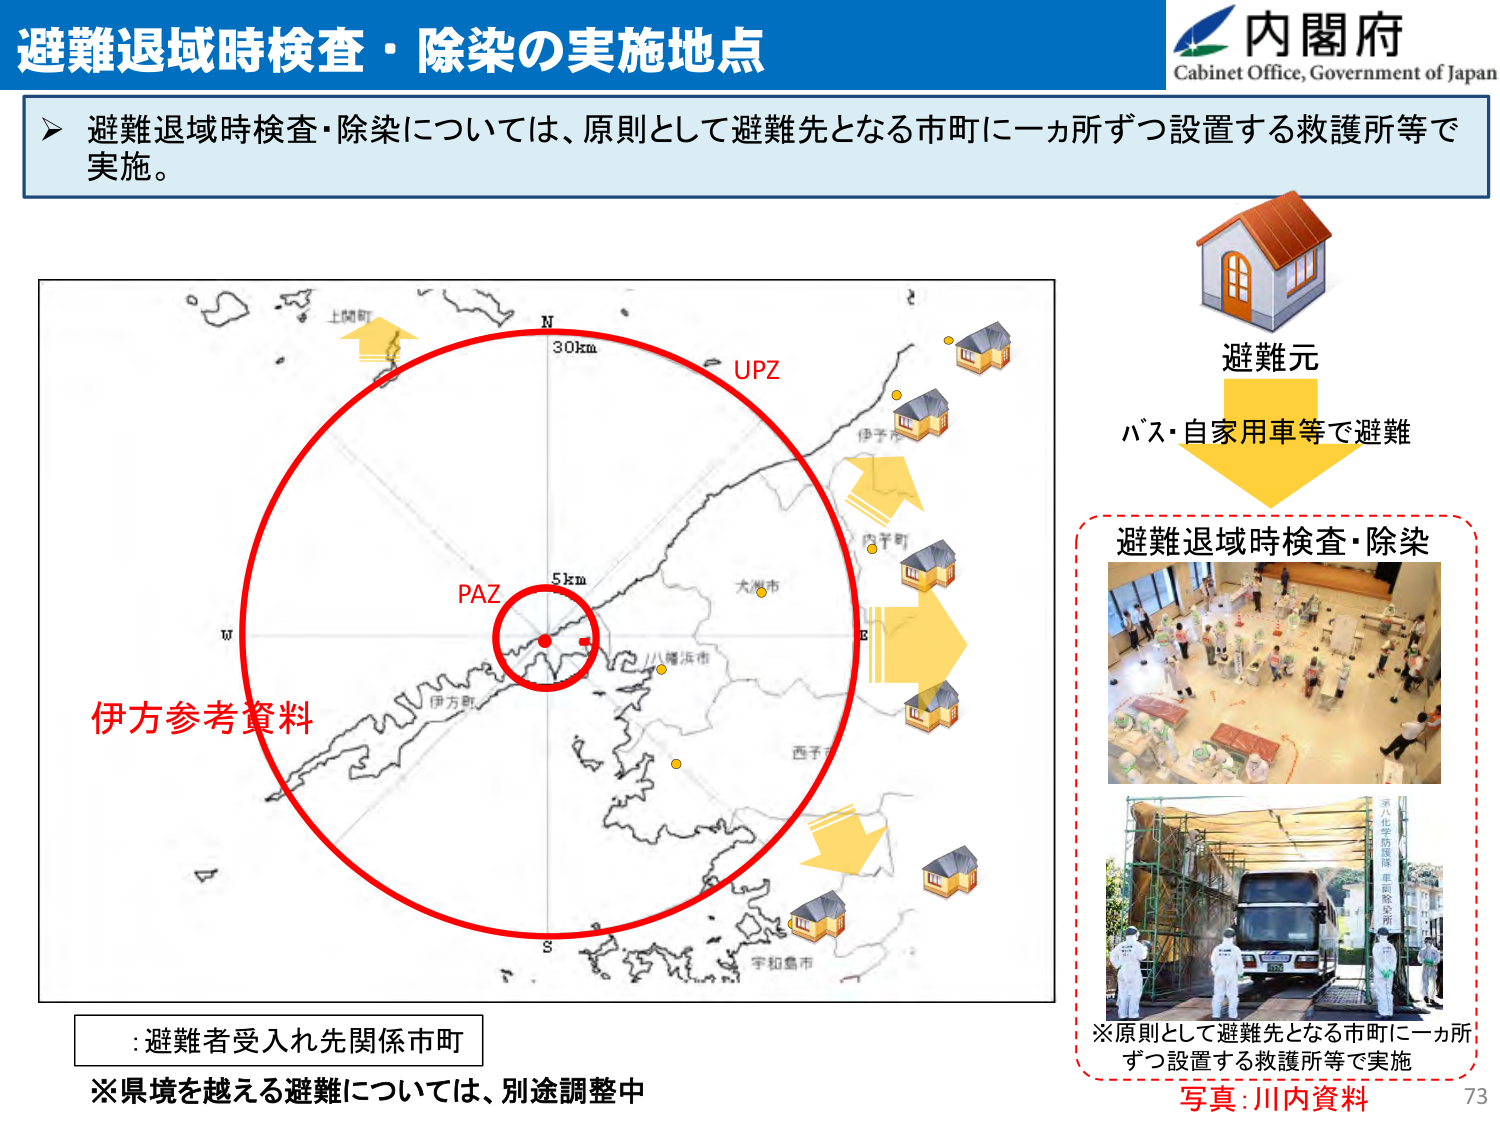
避難退域時検査・除染の実施地点
内閣府
Cabinet Office, Government of Japan

➤ 避難退域時検査・除染については、原則として避難先となる市町に一ヵ所ずつ設置する救護所等で実施。

伊方参考資料
N
30km
UPZ
PAZ
5km
E
S
W
:避難者受入れ先関係市町
※県境を越える避難については、別途調整中

避難元
バス・自家用車等で避難

避難退域時検査・除染
※原則として避難先となる市町に一ヵ所ずつ設置する救護所等で実施
写真：川内資料

73